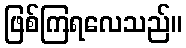
ဖြစ်ကြရလေသည်။